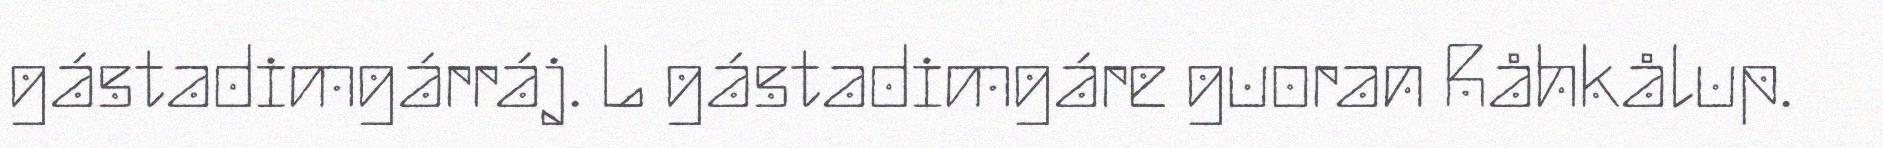
gástadimgárráj. L gástadimgáre guoran Råhkålup.